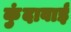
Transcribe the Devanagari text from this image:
कुंदावाई